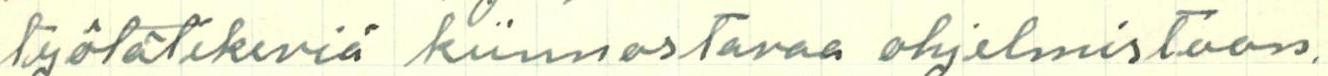
työtätekeviä kiinnostavaa ohjelmistoon.